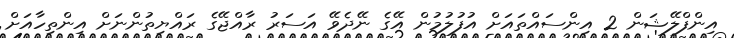
އިންފްލޭޝަން 2 އިންސައްތައަށް އުފުލުމުން އޭގެ ނޭދެވޭ އަސަރު ރާއްޖޭގެ ރައްޔިތުންނަށް އިންތިހާއަށް